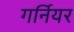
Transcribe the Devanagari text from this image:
गर्नियर